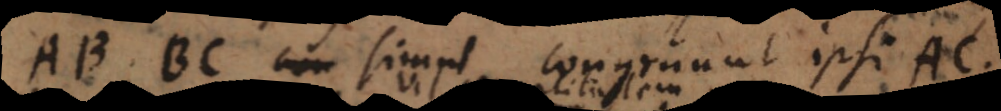
AB; BC simul congruunt ipsi AC.